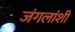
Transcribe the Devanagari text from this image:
जंगलांशी